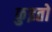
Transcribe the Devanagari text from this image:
कुइतो